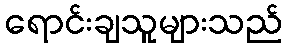
ရောင်းချသူများသည်